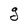
Character: g